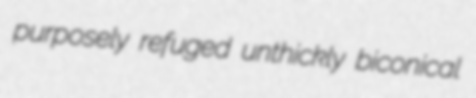
purposely refuged unthickly biconical